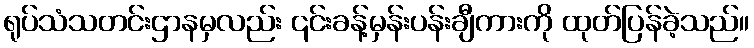
ရုပ်သံသတင်းဌာနမှလည်း ၎င်းခန့်မှန်းပန်းချီကားကို ထုတ်ပြန်ခဲ့သည်။